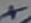
Text: +